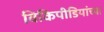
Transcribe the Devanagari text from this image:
विकिपीडियांच्या